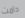
دامت